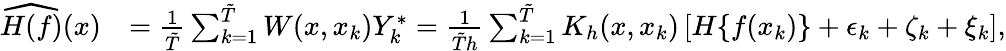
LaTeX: \begin{array}{rl}{\widehat{H(f)}(x)}&{=\frac{1}{\tilde{T}}\sum_{k=1}^{\tilde{T}}W(x,x_{k})Y_{k}^{*}=\frac{1}{\tilde{T}h}\sum_{k=1}^{\tilde{T}}K_{h}(x,x_{k})\left[H\{ f(x_{k})\} +\epsilon_{k}+\zeta_{k}+\xi_{k}\right],}\end{array}